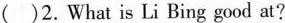
( )2.What is Li Bing good at?